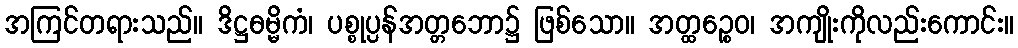
အကြင်တရားသည်။ ဒိဋ္ဌဓမ္မိကံ၊ ပစ္စုပ္ပန်အတ္တဘော၌ ဖြစ်သော။ အတ္ထဉ္စေဝ၊ အကျိုးကိုလည်းကောင်း။